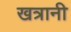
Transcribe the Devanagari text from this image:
खत्रानी